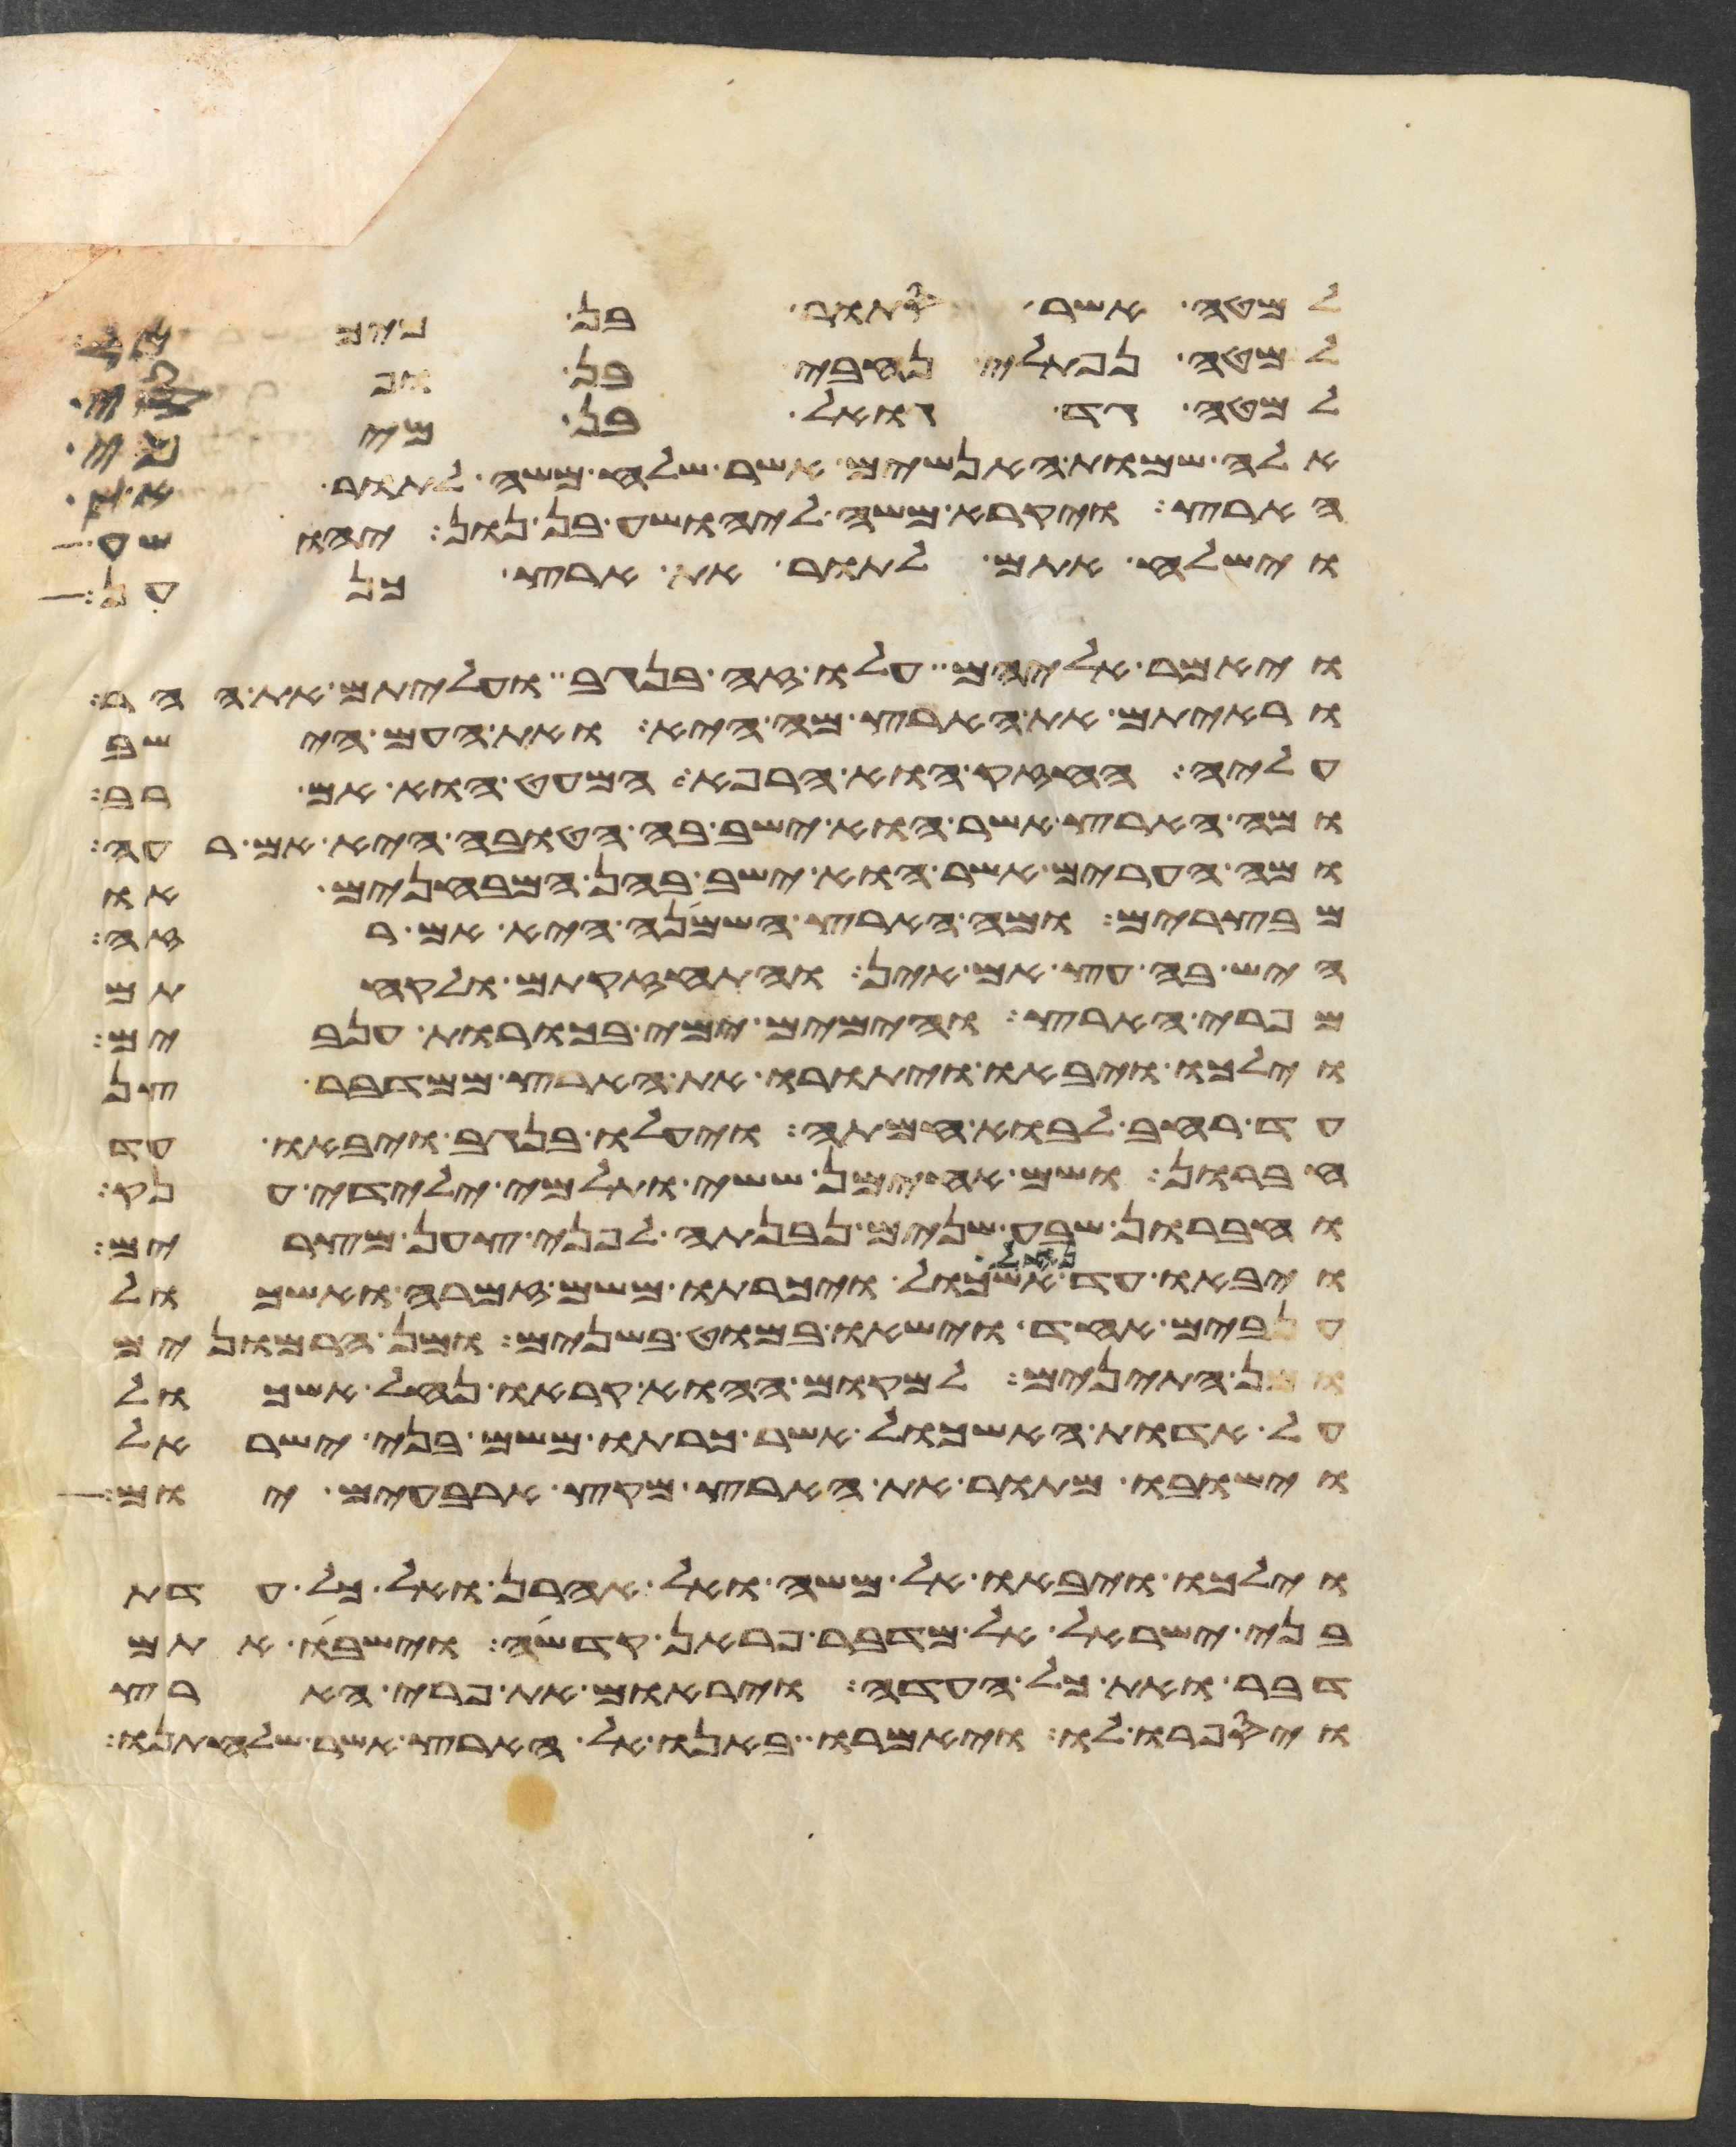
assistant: למטה אשר סתור בן מיכאל
למטה נפתלי נחבי בן ופסי
למטה גד גואל בן מיכי
אלה שמות האנשים אשר שלח משה לתור את
הארץ ויקרא משה ליהושע בן נון יהושע
וישלח אתם לתור את ארץ כנען
ויאמר אליהם עלו זה בנגב ועליתם את ההר
וראיתם את הארץ מה היא ואת העם הישב
עליה החזק או הרפא המעט הוא אם רב
ומה הארץ אשר הוא ישב בה הטובה היא אם רעה
ומה הערים אשר הוא ישב בהן המבחנים או
מבצרים ומה הארץ השמנה היא אם רזה
היש בה עץ אם אין והתחזקתם ולקחתם
מפרי הארץ והימים ימי בכורת ענבים
וילכו ויבאו ויתורו את הארץ ממדבר צן
עד רחב לבוא חמתה ויעלו בנגב ויבאו עד
חברון ושם אחימן ששי ותלמי ילידי ענק
וחברון שבע שנים נבנתה לפני צען מצרים
ויבאו עד נחל אשכול ויכרתו משם זמרה ואשכול
ענבים אחד וישאו במוט בשנים ומן הרמונים
ומן התאנים למקום ההוא קראו נחל אשכול
על אדות האשכול אשר כרתו משם בני ישראל
וישבו מתור את הארץ מקץ ארבעים יום
וילכו ויבאו אל משה ואל אהרן ואל כל עדת
בני ישראל אל מדבר פראן קדשה וישיבו אתם
דבר ואת כל העדה ויראום את פרי הארץ
ויספרו לו ויאמרו באנו אל הארץ אשר שלחתנו